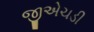
જીએચડી